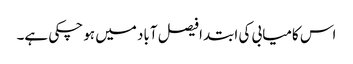
اس کامیابی کی ابتدا فیصل آباد میں ہو چکی ہے۔